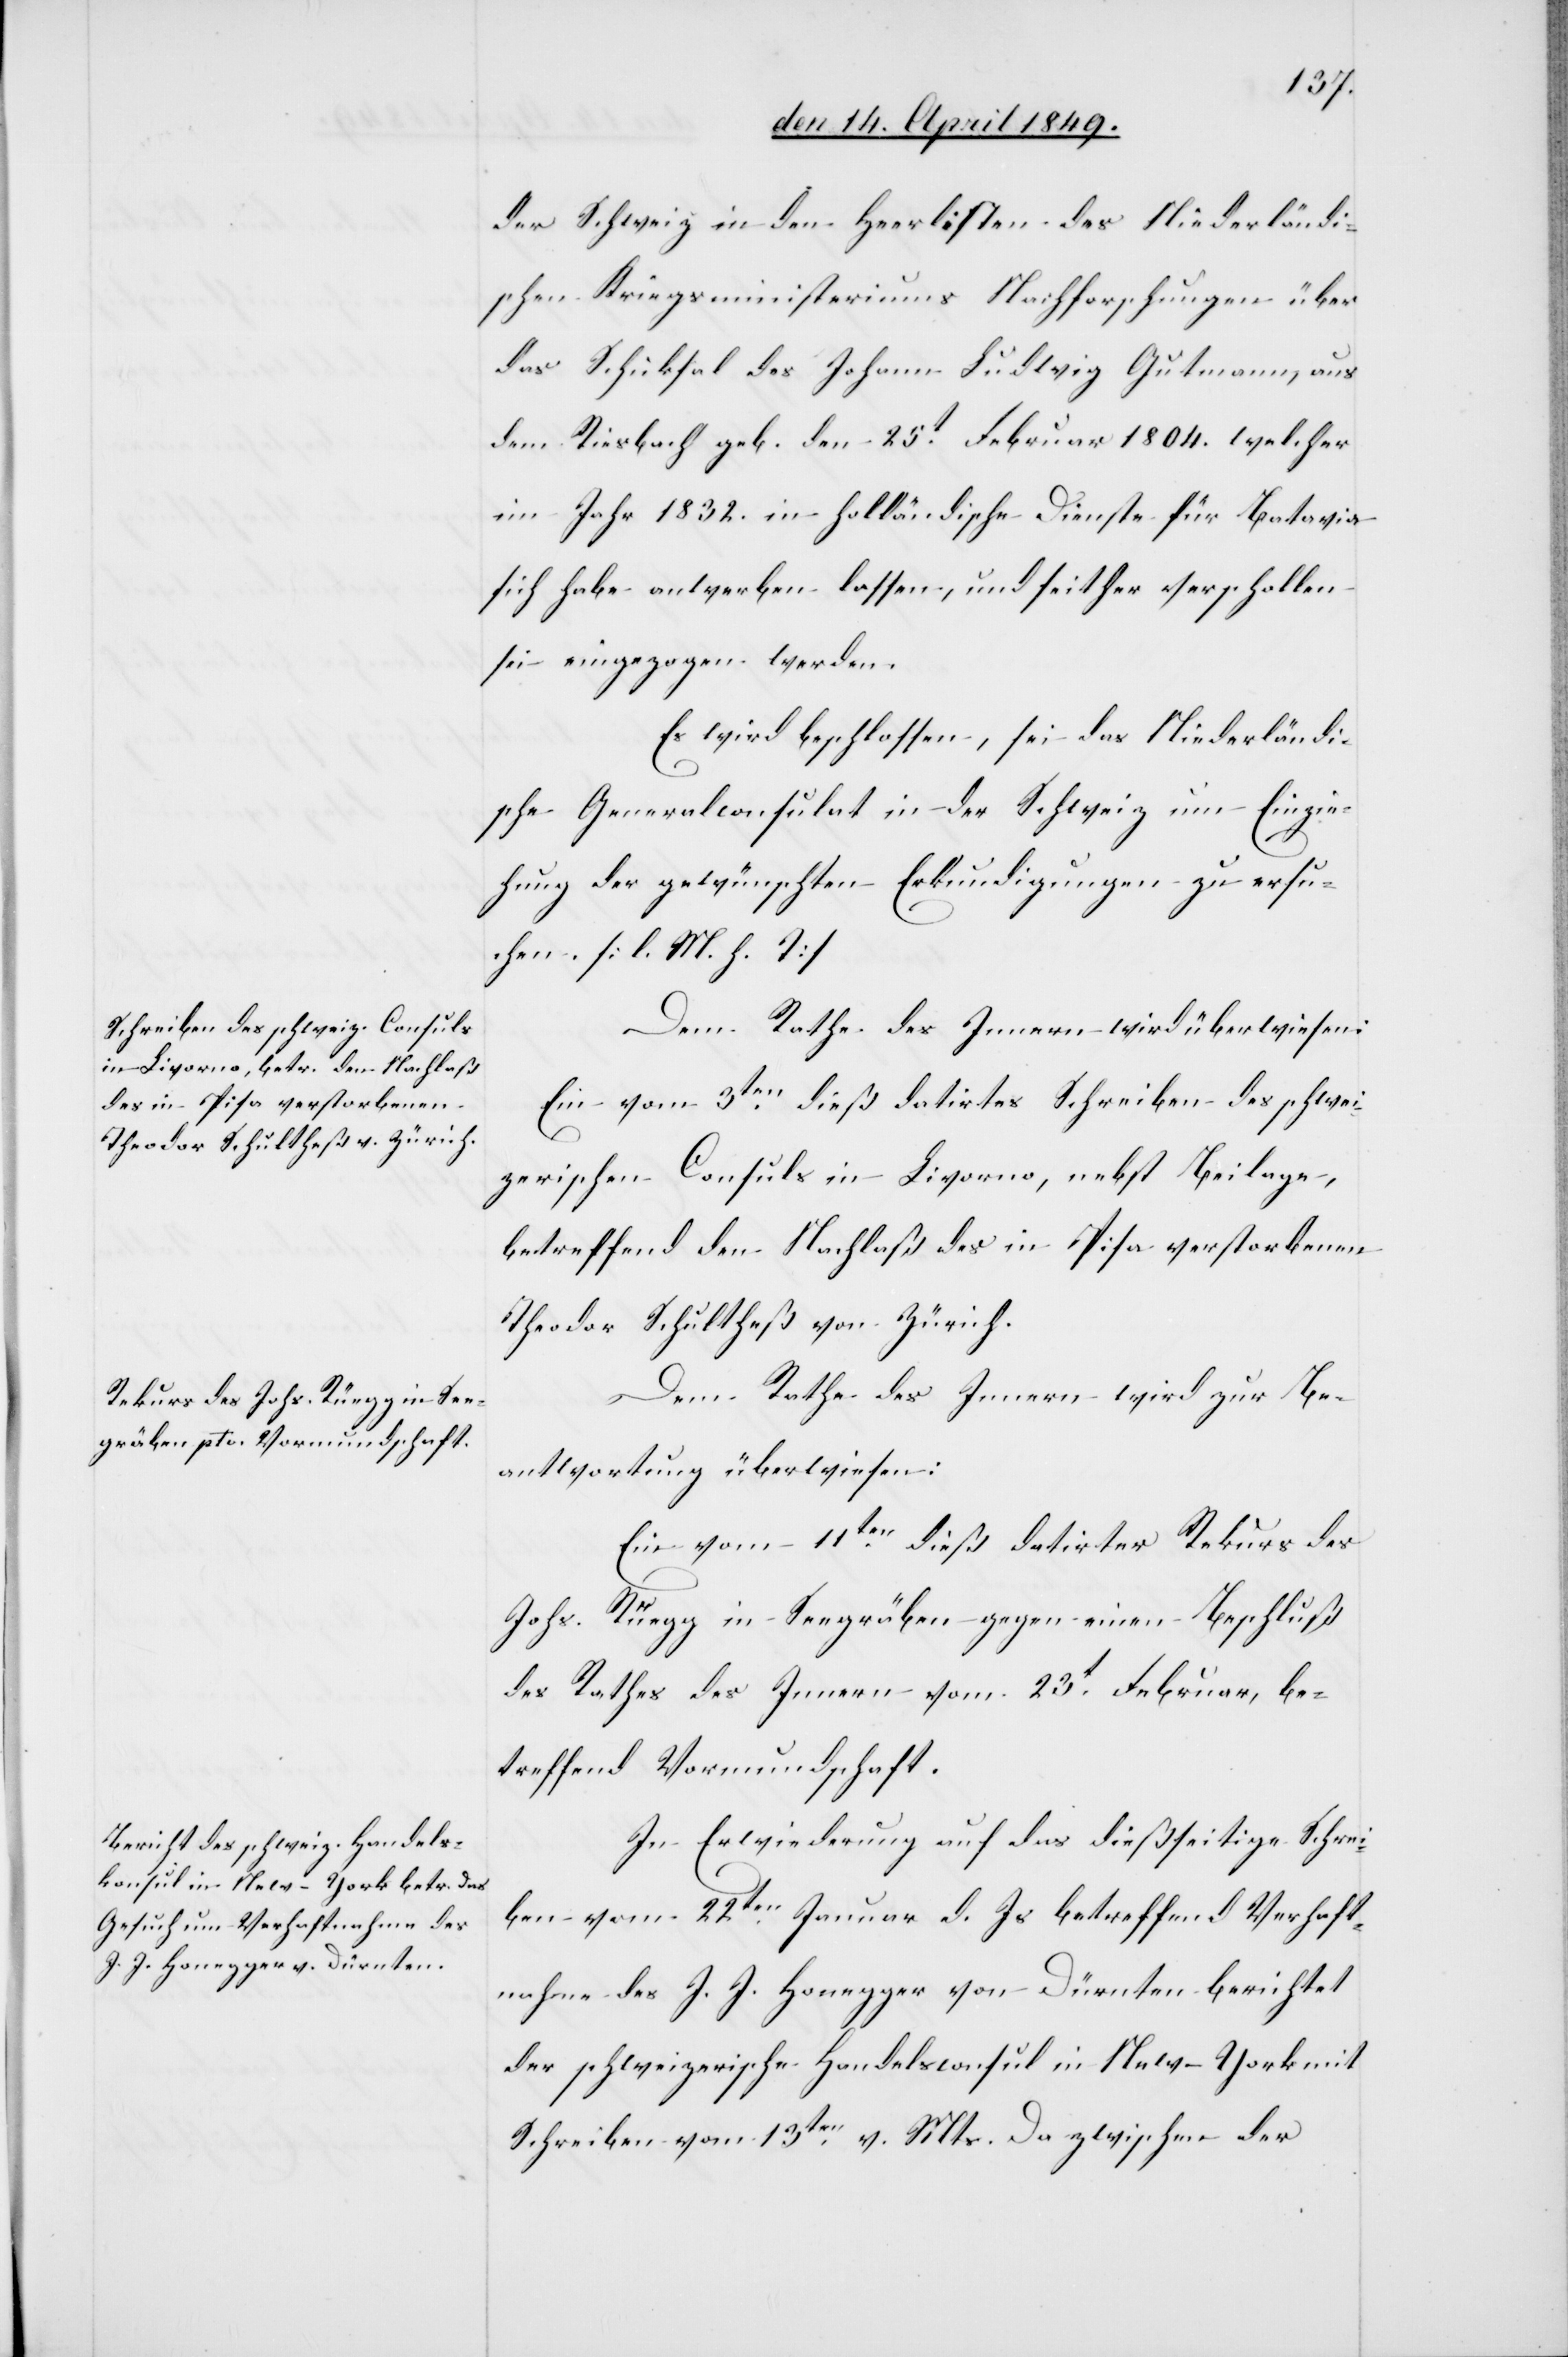
der Schweiz in den Heerlisten des Niederländi¬
schen Kriegsminsteriums Nachforschungen über
das Schicksal des Johann Ludwig Gutmann aus
dem Riesbach geb. den 25t Februar 1804. welcher
im Jahr 1832. in holländische Dienste für Batavia
sich habe anwerben lassen, und seither verschollen
sei eingezogen werden.
Es wird beschlossen, sei das Niederländi¬
sche Generalconsulat in der Schweiz um Einzie¬
hung der gewünschten Erkundigungen zu ersu¬
chen. [l. M. h. T]
Dem Rathe des Innern wird überwiesen:
Ein vom 3ten dieß datirtes Schreiben des schwei¬
zerischen Consuls in Livorno, nebst Beilage,
betreffend den Nachlaß des in Pisa verstorbenen
Theodor Schultheß von Zürich.
Dem Rathe des Innern wird zur Be¬
antwortung überwiesen:
Ein vom 11ten dieß datirter Rekurs des
Johs. Rüegg in Seegräben gegen einen Beschluß
des Rathes des Innern vom 23t Februar, be¬
treffend Vormundschaft.
In Erwiederung auf das dießseitige Schrei¬
ben vom 22ten Januar d. Js. betreffend Verhaft¬
nahme des J. J. Honegger von Dürnten berichtet
der schweizerische Handelsconsul in New-York mit
Schreiben vom 13ten v. Mts. Da zwischen der